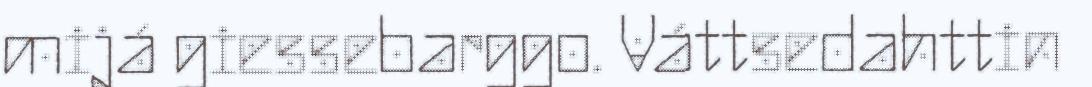
mijá giessebarggo. Váttsedahttin